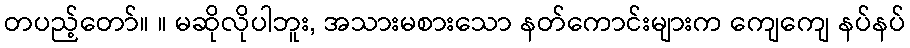
တပည့်တော်။ ။ မဆိုလိုပါဘူး, အသားမစားသော နတ်ကောင်းများက ကျေကျေ နပ်နပ်